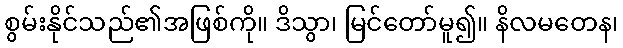
စွမ်းနိုင်သည်၏အဖြစ်ကို။ ဒိသွာ၊ မြင်တော်မူ၍။ နိလမတေန၊